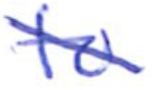
Text: to
Cross-out: diagonal
Writing tool: ballpoint